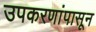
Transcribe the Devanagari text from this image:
उपकरणांपासून